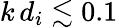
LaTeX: k\, d_{i}\lesssim 0.1